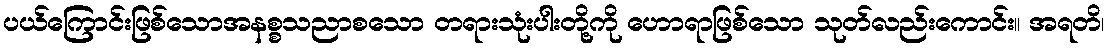
ပယ်ကြောင်းဖြစ်သောအနစ္စသညာစသော တရားသုံးပါးတို့ကို ဟောရာဖြစ်သော သုတ်လည်းကောင်း။ အရတိ၊